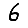
Digit: 6